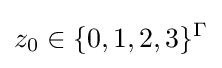
z_{0}\in \{0,1,2,3\}^{\Gamma }